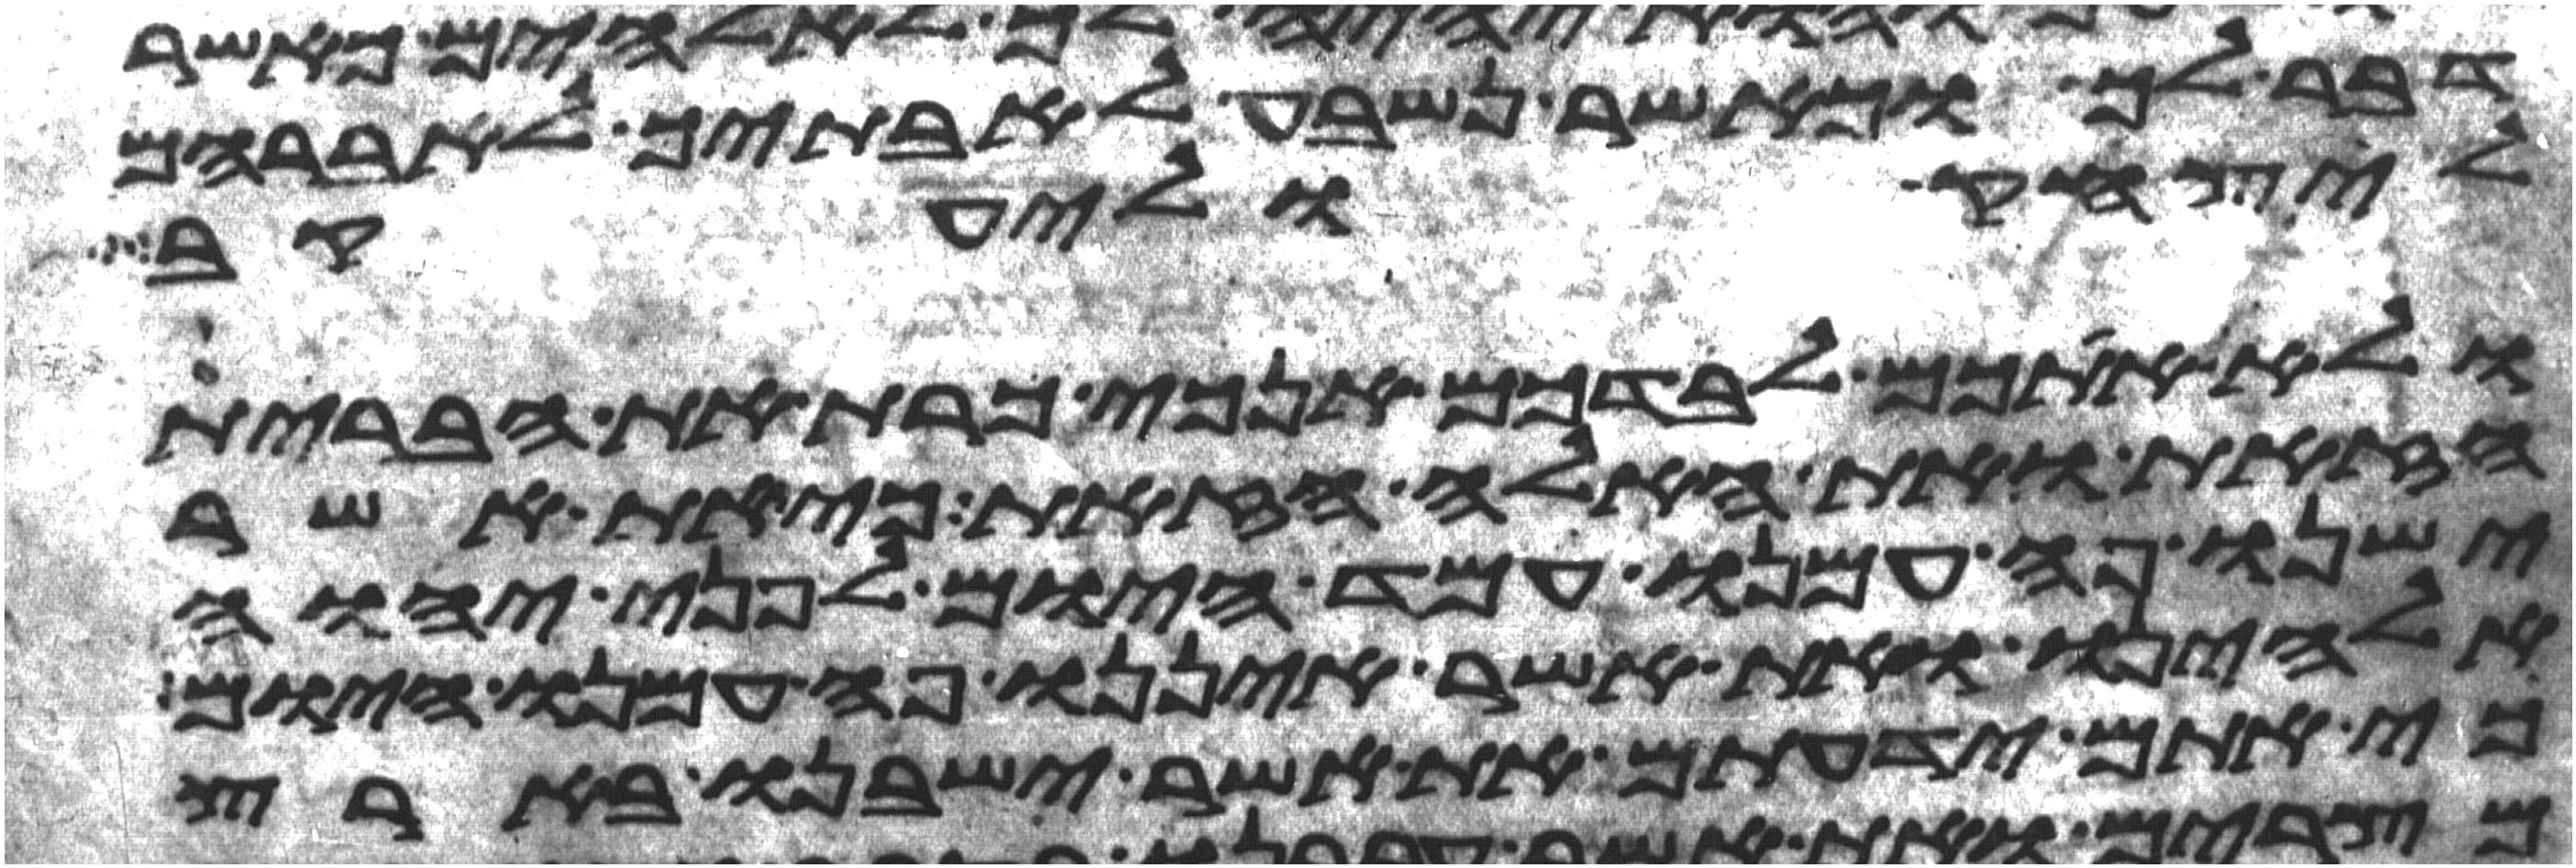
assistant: דבר לך וכאשר נשבע לאבתך לאברהם
ליצחק וליעקב
ולא אתכם לבדכם אנכי כרת את הברית
הזאת ואת האלה הזאת כי את אשר
ישנו פה עמנו עמד היום לפני יהוה
אלהינו ואת אשר איננו פה עמנו היום
כי אתם ידעתם את אשר ישבנו בארץ